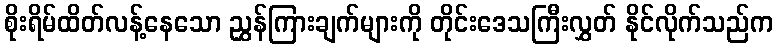
စိုးရိမ်ထိတ်လန့်နေသော ညွှန်ကြားချက်များကို တိုင်းဒေသကြီးလွှတ် နိုင်လိုက်သည်က